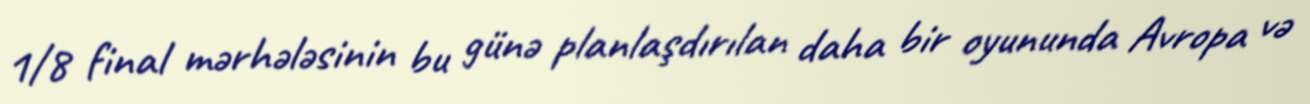
1/8 final mərhələsinin bu günə planlaşdırılan daha bir oyununda Avropa və